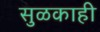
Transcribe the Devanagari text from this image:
सुळकाही